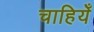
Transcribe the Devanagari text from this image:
चाहियेँ